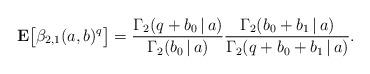
LaTeX: \begin{align*}{\bf E}\bigl[\beta_{2,1}(a, b)^q\bigr] =\frac{\Gamma_2(q+b_0\,|\,a)}{\Gamma_2(b_0\,|\,a)}\frac{\Gamma_2(b_0+b_1\,|\,a)}{\Gamma_2(q+b_0+b_1\,|\,a)}.\end{align*}